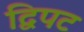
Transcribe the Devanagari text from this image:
द्विपट